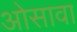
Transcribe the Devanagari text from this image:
ओसावा